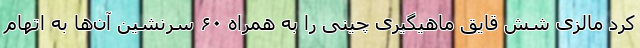
کرد مالزی شش قایق ماهیگیری چینی را به همراه ۶۰ سرنشین آن‌ها به اتهام